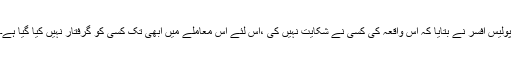
پولیس افسر نے بتایا کہ اس واقعہ کی کسی نے شکایت نہیں کی ،اس لئے اس معاملے میں ابھی تک کسی کو گرفتار نہیں کیا گیا ہے۔